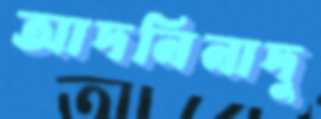
আদনিনাদু